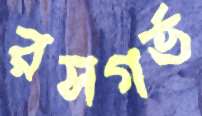
রসগর্ভ